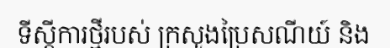
ទីស្តីការថ្មីរបស់ ក្រសួងប្រៃសណីយ៍ និង